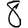
Digit: 8